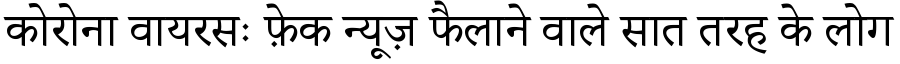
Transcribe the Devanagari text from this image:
कोरोना वायरसः फ़ेक न्यूज़ फैलाने वाले सात तरह के लोग